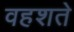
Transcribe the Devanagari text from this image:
वहशते